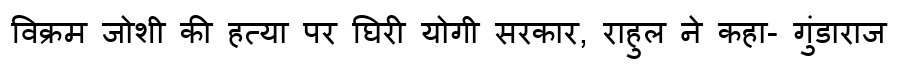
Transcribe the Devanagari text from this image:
विक्रम जोशी की हत्या पर घिरी योगी सरकार, राहुल ने कहा- गुंडाराज